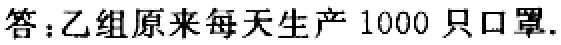
答：乙组原来每天生产 1000 只口罩.